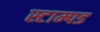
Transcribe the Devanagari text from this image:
स्टाम्पड